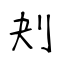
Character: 刔